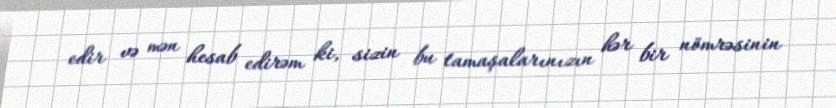
edir və mən hesab edirəm ki, sizin bu tamaşalarınızın hər bir nömrəsinin